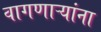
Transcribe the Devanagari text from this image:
वागणाऱ्यांना